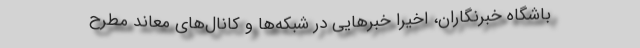
باشگاه خبرنگاران، اخیرا خبر‌هایی در شبکه‌ها و کانال‌های معاند مطرح